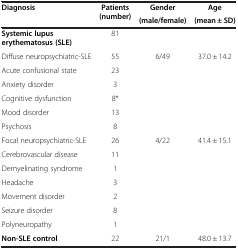
<table><thead><tr><td rowspan="2"><b>Diagnosis</b></td><td rowspan="2"><b>Patients (number)</b></td><td><b>Gender</b></td><td><b>Age</b></td></tr><tr><td><b>(male/female)</b></td><td><b>(mean ± SD)</b></td></tr></thead><tbody><tr><td><b>Systemic lupus erythematosus (SLE)</b></td><td>81</td><td> </td><td> </td></tr><tr><td>Diffuse neuropsychiatric-SLE</td><td>55</td><td>6/49</td><td>37.0 ± 14.2</td></tr><tr><td>Acute confusional state</td><td>23</td><td> </td><td> </td></tr><tr><td>Anxiety disorder</td><td>3</td><td> </td><td> </td></tr><tr><td>Cognitive dysfunction</td><td>8*</td><td> </td><td> </td></tr><tr><td>Mood disorder</td><td>13</td><td> </td><td> </td></tr><tr><td>Psychosis</td><td>8</td><td> </td><td> </td></tr><tr><td>Focal neuropsychiatric-SLE</td><td>26</td><td>4/22</td><td>41.4 ± 15.1</td></tr><tr><td>Cerebrovascular disease</td><td>11</td><td> </td><td> </td></tr><tr><td>Demyelinating syndrome</td><td>1</td><td> </td><td> </td></tr><tr><td>Headache</td><td>3</td><td> </td><td> </td></tr><tr><td>Movement disorder</td><td>2</td><td> </td><td> </td></tr><tr><td>Seizure disorder</td><td>8</td><td> </td><td> </td></tr><tr><td>Polyneuropathy</td><td>1</td><td> </td><td> </td></tr><tr><td><b>Non-SLE control</b></td><td>22</td><td>21/1</td><td>48.0 ± 13.7</td></tr></tbody></table>